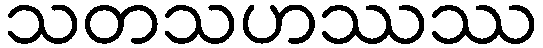
သတသဟဿဿ